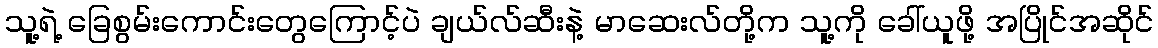
သူ့ရဲ့ ခြေစွမ်းကောင်းတွေကြောင့်ပဲ ချယ်လ်ဆီးနဲ့ မာဆေးလ်တို့က သူ့ကို ခေါ်ယူဖို့ အပြိုင်အဆိုင်